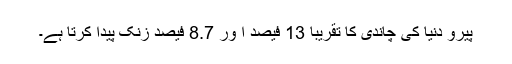
پیرو دنیا کی چاندی کا تقریباً 13 فیصد ا ور 8.7 فیصد زنک پیدا کرتا ہے۔